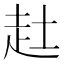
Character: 𧺔